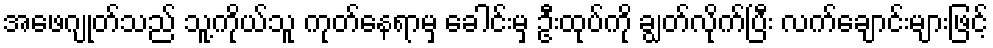
အဖေဂျုတ်သည် သူ့ကိုယ်သူ ကုတ်နေရာမှ ခေါင်းမှ ဦးထုပ်ကို ချွတ်လိုက်ပြီး လက်ချောင်းများဖြင့်